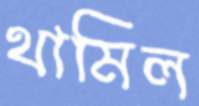
থামিল